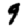
Digit: 9